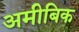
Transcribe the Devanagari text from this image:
अमीबिक